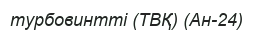
турбовинтті (ТВҚ) (Ан-24)